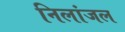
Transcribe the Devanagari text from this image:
निलांजल